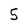
Character: 5